Indian journal of veterinary science and animal husbandry - Volume 12,
Year: 1942
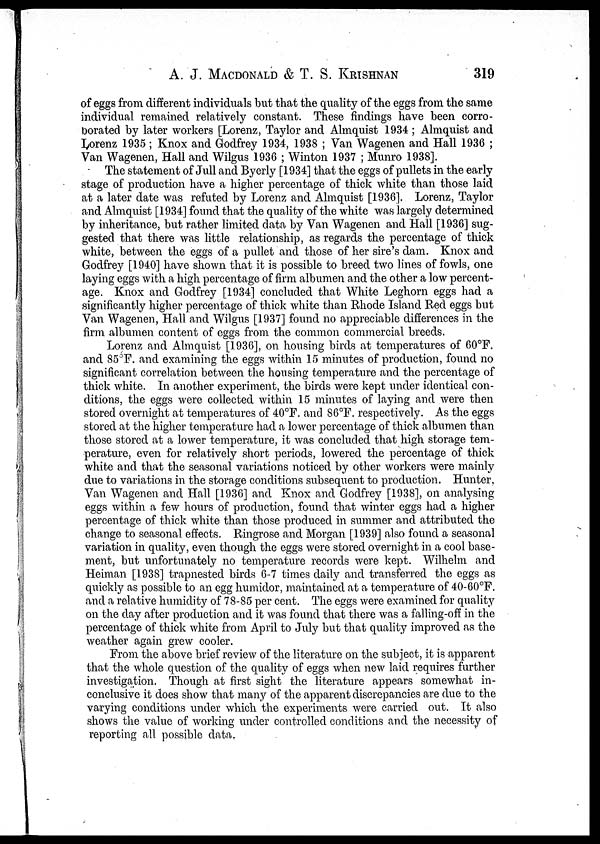
A. J. MACDONALD & T. S. KRISHNAN 319
of eggs from different individuals but that the quality of the eggs from the same
individual remained relatively constant. These findings have been corro-
borated by later workers [Lorenz, Taylor and Almquist 1934 ; Almquist and
Lorenz 1935 ; Knox and Godfrey 1934, 1938 ; Van Wagenen and Hall 1936 ;
Van Wagenen, Hall and Wilgus 1936 ; Winton 1937 ; Munro 1938].
The statement of Jull and Byerly [1934] that the eggs of pullets in the early
stage of production have a higher percentage of thick white than those laid
at a later date was refuted by Lorenz and Almquist [1936]. Lorenz, Taylor
and Almquist [1934] found that the quality of the white was largely determined
by inheritance, but rather limited data by Van Wagenen and Hall [1936] sug-
gested that there was little relationship, as regards the percentage of thick
white, between the eggs of a pullet and those of her sire's dam. Knox and
Godfrey [1940] have shown that it is possible to breed two lines of fowls, one
laying eggs with a high percentage of firm albumen and the other a low percent-
age. Knox and Godfrey [1934] concluded that White Leghorn eggs had a
significantly higher percentage of thick white than Rhode Island Red eggs but
Van Wagenen, Hall and Wilgus [1937] found no appreciable differences in the
firm albumen content of eggs from the common commercial breeds.
Lorenz and Almquist [1936], on housing birds at temperatures of 60°F.
and 85°F. and examining the eggs within 15 minutes of production, found no
significant correlation between the housing temperature and the percentage of
thick white. In another experiment, the birds were kept under identical con-
ditions, the eggs were collected within 15 minutes of laying and were then
stored overnight at temperatures of 40°F. and 86°F. respectively. As the eggs
stored at the higher temperature had a lower percentage of thick albumen than
those stored at a lower temperature, it was concluded that high storage tem-
perature, even for relatively short periods, lowered the percentage of thick
white and that the seasonal variations noticed by other workers were mainly
due to variations in the storage conditions subsequent to production. Hunter,
Van Wagenen and Hall [1936] and Knox and Godfrey [1938], on analysing
eggs within a few hours of production, found that winter eggs had a higher
percentage of thick white than those produced in summer and attributed the
change to seasonal effects. Ringrose and Morgan [1939] also found a seasonal
variation in quality, even though the eggs were stored overnight in a cool base-
ment, but unfortunately no temperature records were kept. Wilhelm and
Heiman [1938] trapnested birds 6-7 times daily and transferred the eggs as
quickly as possible to an egg humidor, maintained at a temperature of 40-60°F.
and a relative humidity of 78-85 per cent. The eggs were examined for quality
on the day after production and it was found that there was a falling-off in the
percentage of thick white from April to July but that quality improved as the
weather again grew cooler.
From the above brief review of the literature on the subject, it is apparent
that the whole question of the quality of eggs when new laid requires further
investigation. Though at first sight the literature appears somewhat in-
conclusive it does show that many of the apparent discrepancies are due to the
varying conditions under which the experiments were carried out. It also
shows the value of working under controlled conditions and the necessity of
reporting all possible data.